Annual report on the Civil Veterinary Department, Burma (including the Insein Veterinary School) - 1923-1931
Year: 1923
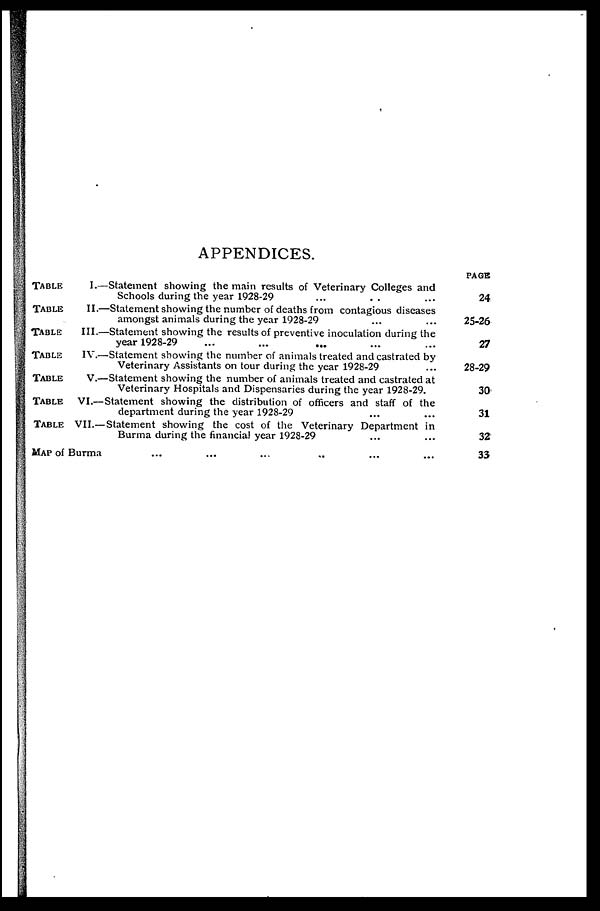
APPENDICES.
TABLE
I.—
TABLE
II.—
TABLE
III.—
TABLE
IV.—
TABLE
V.—
TABLE
VI.—
TABLE
VII.—
MAP of Burma
Statement showing the main results of Veterinary Colleges and
Schools during the year 1928-29 ... .. ...
-Statement showing the number of deaths from contagious diseases
amongst animals during the year 1928-29 ... ...
Statement showing the results of preventive inoculation during the
year 1928-29 ... ... ... ... ...
Statement showing the number of animals treated and castrated by
Veterinary Assistants on tour during the year 1928-29 ...
Statement showing the number of animals treated and castrated at
Veterinary Hospitals and Dispensaries during the year 1928-29.
Statement showing the distribution of officers and staff of the
department during the year 1928-29 ... ...
Statement showing the cost of the Veterinary Department in
Burma during the financial year 1928-29 ... ...
... ... ... .. ... ...
PAGE
24
25-26
27
28-29
30
31
32
33